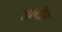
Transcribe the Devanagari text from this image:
सामंति